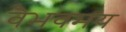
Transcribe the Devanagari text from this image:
वैभवमय